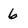
Character: 6